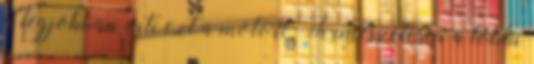
a legjobban érti ezt a motort. Természetesen a többi